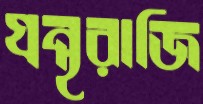
গ্রন্থরাজি